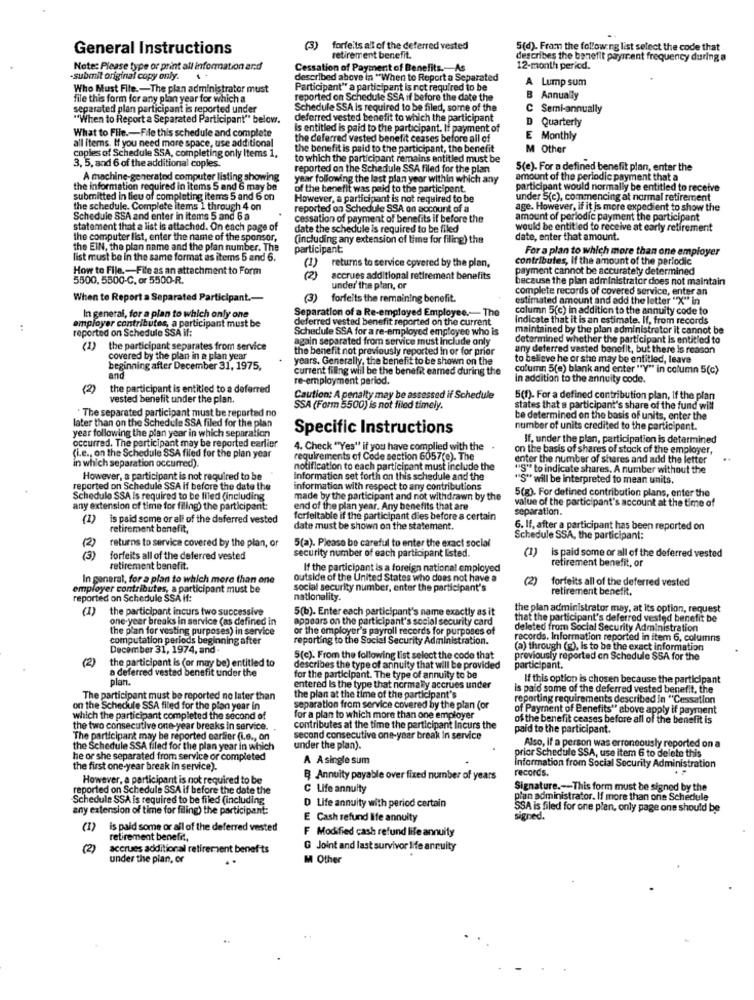
General Instructions
(3)
forfeits all of the deferred vested
5(d). Fram the following list select the code that
retirement benefit.
describes the benefit payment frequency during a
Note: Please type or print all information and
Cessation of Payment of Benefits .- As
12-month period.
-submit original copy only.
..
described above in "When to Report a Separated
Lump sum
Who Must File .- The plan administrator must
Participant" a participant is not required to be
file this form for any plan year for which a
reported on Schedule SSA if before the date the
B Annually
separated plan participant is reported under
Schedule SSA is required to be filed, some of the
C Semi-annually
"When to Report a Separated Participant" below.
deferred vested benefit to which the participant
D Quarterly
What to File .- File this schedule and complete
is entitled is paid to the participant. If payment of
all items. If you need more space, use additional
the deferred vested benefit ceases before all of
E Monthly
the benefit is paid to the participant, the benefit
M Other
copies of Schedule SSA, completing only Items 1,
to which the participant remains entitled must be
3, 5, and 6 of the additional coples.
reported on the Schedule SSA filed for the plan
5(e). For a defined benefit plan, enter the
A machine-generated computer listing showing
year following the last plan year within which any
amount of the periodic payment that a
the information required in items 5 and 6 may be
of the benefit was paid to the participent.
participant would normally be entitled to receive
submitted in lieu of completing items 5 and 6 on
However, a participant is not required to be
under 5(c), commencing at normal retirement
the schedule. Complete items 1 through 4 on
reported on Schedule SSA on account of a
age. However, if it is more expedient to show the
Schedule SSA and enter in items 5 and 6 a
cessation of payment of benefits if before the
amount of periodic payment the participant
statement that a list is attached. On each page of
date the schedule is required to be filed
would be entitled to receive at early retirement
the computer list, enter the name of the sponsor,
(including any extension of time for filing) the
date, enter that amount.
the EIN, the plan name and the plan number. The
participant
For a plan to which more than one employer
list must be in the same format as items 5 and 6.
returns to service covered by the plan,
contributes, If the amount of the periodic
How to File. - File as an attachment to Form
(1)
payment cannot be accurately determined
5500, 5500-C, or 5500-R.
( 2)
accrues additional retirement benefits
because the plan administrator does not maintain
under the plan, or
complete records of covered service, enter an
When to Report a Separated Participant .-
(3)
forfeits the remaining benefit.
estimated amount and add the letter "X" in
Separation of a Re-employed Employee .- The
column 5(c) in addition to the annuity code to
In general, for a plan to which only one
deferred vested benefit reported on the current
Indicate that it is an estimate. If, from records
reported on Schedule SSA if:
employer contributes, a participant must be
Schedule SSA for a re-employed employee who is
maintained by the plan administrator it cannot be
again separated from service must include only
determined whether the participant is entitled to
(1)
the participant separates from service
the benefit not previously reported in or for prior
any deferred vested benefit, but there is reason
covered by the plan in a plan year
years. Generally, the benefit to be shown on the
to believe he or she may be entitled, leave
beginning after December 31, 1975,
current filing will be the benefit eamed during the
column 5(e) blank and enter ""Y" in column 5(c)
and
re-employment period.
In addition to the annuity code.
(2)
the participant is entitled to a deferred
vested benefit under the plan.
Caution: A penalty may be assessed if Schedule
5(1). For a defined contribution plan, if the plan
"The separated participant must be reported no
SSA (Form 5500) is not filed timely.
states that a participant's share of the fund will
later than on the Schedule SSA filed for the plan
be determined on the basis of units, enter the
Specific Instructions
number of units credited to the participent.
year following the plan year in which separation
If, under the plan, participation is determined
occurred. The participant may be reported earlier
(i.e ., on the Schedule SSA filed for the plan year
4. Check "Yes" if you have complied with the
on the basis of shares of stock of the employer,
in which separation occurred).
requirements of Code section 6057(e). The
enter the number of shares and add the letter
notification to each participant must include the
"S" to indicate shares. A number without the
However, a participant is not required to be
Information set forth on this schedule and the
"S" will be interpreted to mean units.
reported on Schedule SSA if before the date the
information with respect to any contributions
5(g). For defined contribution plans, enter the
Schedule SSA is required to be filed (including
made by the participant and not withdrawn by the
value of the participant's account at the time of
any extension of time for filing) the participant:
end of the plan year. Any benefits that are
separation.
(1)
is paid some or all of the deferred vested
forfeltable if the participant dies before a certain
retirement benefit,
date must be shown on the statement.
6. If, after a participant has been reported on
(2)
Schedule SSA, the participant:
returns to service covered by the plan, or
5(a). Please be careful to enter the exact social
security number of each participant listed.
(1)
(3)
forfeits all of the deferred vested
is paid some or all of the deferred vested
retirement benefit, or
retirement benefit.
If the participant is a foreign national employed
In general, for a plan to which more than one
outside of the United States who does not have a
(2)
forfeits all of the deferred vested
employer contributes, a participant must be
social security number, enter the participant's
retirement benefit,
reported on Schedule SSA if:
nationality.
(1)
the participant incurs two successive
5(b). Enter each participant's name exactly as it
the plan administrator may, at its option, request
one-year breaks in service (as defined in
appears on the participant's social security card
that the participant's deferred vested benefit be
the plan for vesting purposes) in service
of the employer's payroll records for purposes of
deleted from Social Security Administration
computation periods beginning after
reporting to the Social Security Administration.
records. Information reported in item 6, columns
December 31, 1974, and .
(a) through (g), is to be the exact information
(2)
the participant is (or may be) entitled to
5(c). From the following list select the code that
previously reported on Schedule SSA for the
a deferred vested benefit under the
describes the type of annuity that will be provided
participant.
plan.
for the participant. The type of annuity to be
If this option is chosen because the participant
entered Is the type that normally accrues under
is paid some of the deferred vested benefit, the
The participant must be reported no later than
the plan at the time of the participant's
reporting requirements described in "Cessation
on the Schedule SSA filed for the plan year in
separation from service covered by the plan (or
of Payment of Benefits" above apply if payment
which the participant completed the second of
for a plan to which more than one employer
of the benefit ceases before all of the benefit is
the two consecutive one-year breaks in service.
contributes at the time the participant Incurs the
paid to the participant.
The participant may be reported carfier (i.e ., on
second consecutive one-year break In service
the Schedule SSA filed for the plan year in which
under the plan).
Also, If a person was erroneously reported on a
he or she separated from service or completed
A A single sum
prior Schedule SSA, use item 6 to delete this
the first one-year break in service).
Information from Social Security Administration
However, a participant is not required to be
B Annuity payable over fixed number of years
records.
reported on Schedule SSA if before the date the
C Life annuity
Signature .-- This form must be signed by the
Schedule SSA is required to be filed (including
D Life annuity with period certain
plan administrator. If more than one Schedule
any extension of time for filing) the participant:
SSA is filed for one plan, only page one should be
E Cash refund life annuity
signed.
(1)
is paid some or all of the deferred vested
F Modified cash refund life annuity
retirement benefit,
(2)
accrues additional retirement benefits
G Joint and last survivor life annuity
under the pian, or
M Other